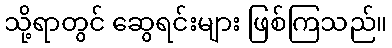
သို့ရာတွင် ဆွေရင်းများ ဖြစ်ကြသည်။